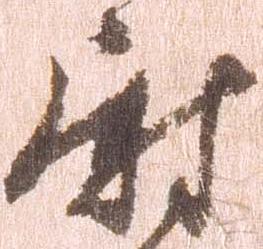
尉